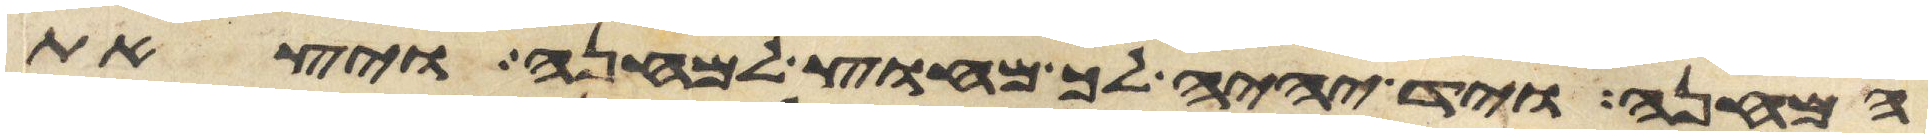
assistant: המחנה ויד יהיה לך מחוץ למחנה ויצאת